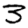
Digit: 3